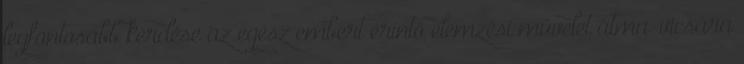
legfontosabb kérdése az egész embert érintő elemzési művelet átma-vicsára